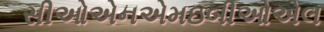
સીઓએનએમઇબીઓએલ